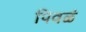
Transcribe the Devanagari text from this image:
पिवळं